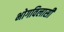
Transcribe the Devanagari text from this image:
भोगविलासी